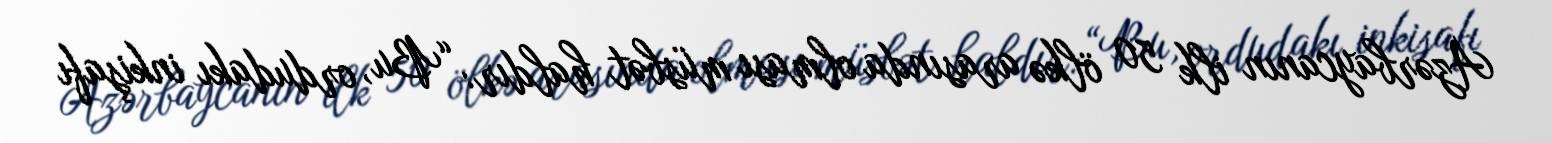
Azərbaycanın ilk 50 ölkə arasında olması müsbət haldır: “Bu, ordudakı inkişafı